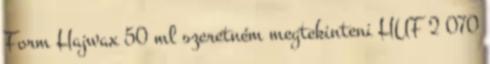
Form Hajwax 50 ml szeretném megtekinteni HUF 2 070